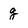
Character: g